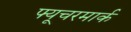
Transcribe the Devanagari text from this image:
फ्यूचरमार्क